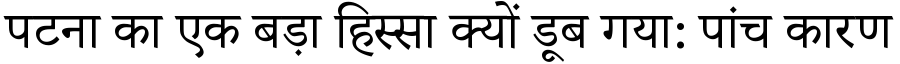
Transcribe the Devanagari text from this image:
पटना का एक बड़ा हिस्सा क्यों डूब गया: पांच कारण